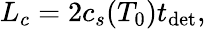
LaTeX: L_{c}=2c_{s}(T_{0})t_{\mathrm{det}},